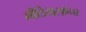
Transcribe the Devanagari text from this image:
मीडियास्फ़ेयर